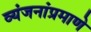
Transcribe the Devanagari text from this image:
व्यंजनांप्रमाणे